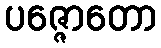
ပဇ္ဇောတော